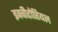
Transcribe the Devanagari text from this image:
इक्वीटोरियल